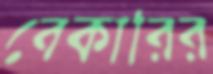
বেকারির